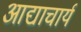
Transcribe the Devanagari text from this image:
आद्याचार्य